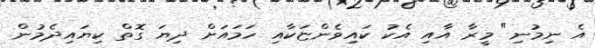
އެ ނިމުނި" މީރާ އާއި އެކު ކައިވެންޏަކާއި ހަމައަށް ދިޔަ ގޮތް ކިޔައިދެމުން